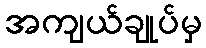
အကျယ်ချုပ်မှ